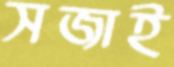
সজাই